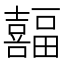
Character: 𫬸